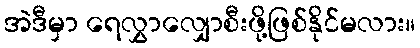
အဲဒီမှာ ရေလွှာလျှောစီးဖို့ဖြစ်နိုင်မလား။